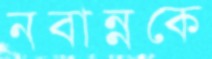
নবান্নকে